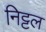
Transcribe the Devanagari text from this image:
निट्टल